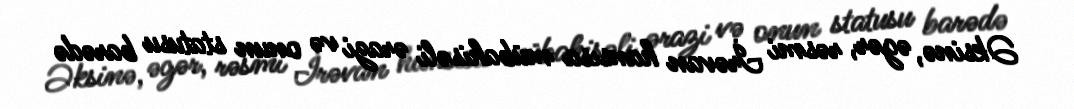
Əksinə, əgər, rəsmi İrəvan hansısa mübahisəli ərazi və onun statusu barədə